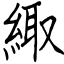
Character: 緅